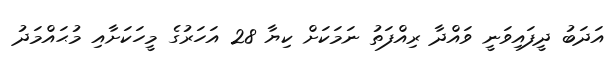
އަދަބު ދީފައިވަނީ ވައްދާ ރިއްފަތު ނަމަކަށް ކިޔާ 28 އަހަރުގެ މީހަކަށާއި މުޙައްމަދު